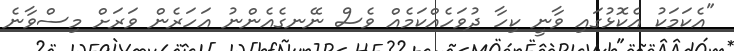
"އެކަމަކު އެކޮޅުގައި ވާނީ ކިހާ ދުވަހެއްކަމެއް ވެސް ނޭނގެއެންނު އަހަރެން ވަރަށް މިސްވާނެ